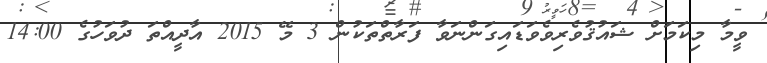
ވީމާ މިކަމަށް ޝައުޤުވެރިވެވަޑައިގަންނަވާ ފަރާތްތަކުން 3 މޭ 2015 އާދީއްތަ ދުވަހުގެ 14:00